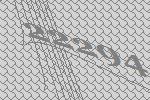
22294